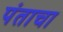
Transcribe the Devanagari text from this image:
पंताचा